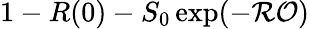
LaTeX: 1-R(0)-S_{0}\exp(-\mathcal{R}\mathcal{O})